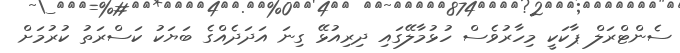
ސެންޓްރަލް ޕާކަކީ މިހާރުވެސް ހުޅުމާލޭގައި ދިރިއުޅޭ ގިނަ އަދަދެއްގެ ބަޔަކު ކަސްރަތު ކުރުމަށް